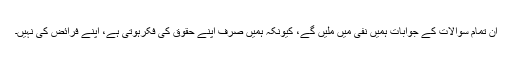
ان تمام سوالات کے جوابات ہمیں نفی میں ملیں گے، کیونکہ ہمیں صرف اپنے حقوق کی فکرہوتی ہے، اپنے فرائض کی نہیں۔